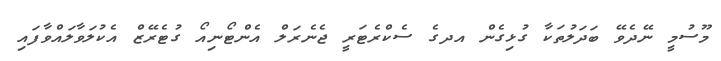
މޫސުމީ ނޭދެވޭ ބަދަލުތަކާ ގުޅިގެން އދގެ ސެކްރެޓަރީ ޖެނެރަލް އެންޓޯނިއޯ ގުޓެރޭޒް އެކުލަވާލައްވާފައި